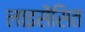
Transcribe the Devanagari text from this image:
लाइसेंसित